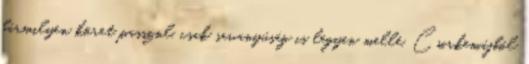
bármilyen köret passzol, csak savanyúság is legyen mellé. Csirkemájból